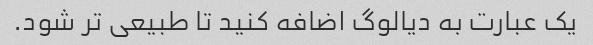
یک عبارت به دیالوگ اضافه کنید تا طبیعی تر شود.